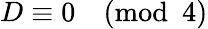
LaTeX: D\equiv 0{\pmod{4}}